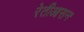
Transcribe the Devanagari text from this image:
रेतीआसन